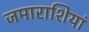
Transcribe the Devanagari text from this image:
जमाराशियां